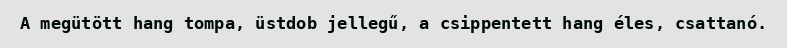
A megütött hang tompa, üstdob jellegű, a csippentett hang éles, csattanó.